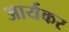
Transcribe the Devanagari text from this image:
आर्यकर